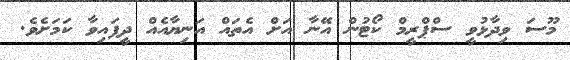
މޫސަ ވިދާޅުވީ ސްޕްރީމް ކޯޓުން އޭނާ އަށް އެތައް އަނިޔާއެއް ދީފައިވާ ކަމަށެވެ.